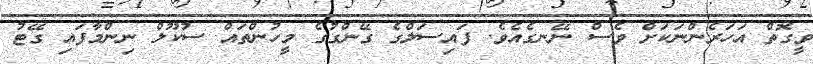
ވީގޮތް އަހަރެންނަކަށް ވެސް ނޭނގެއެވެ. ފައިސަލްގެ ގޭންގުގެ މީހުންތައް ސުކޫލް ނިންމާފައި ގޭޓު